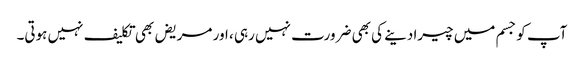
آپ کو جسم میں چیرا دینے کی بھی ضرورت نہیں رہی ، اور مریض بھی تکلیف نہیں ہوتی۔